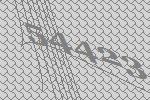
54423